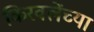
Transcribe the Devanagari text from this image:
किरवलेंच्या